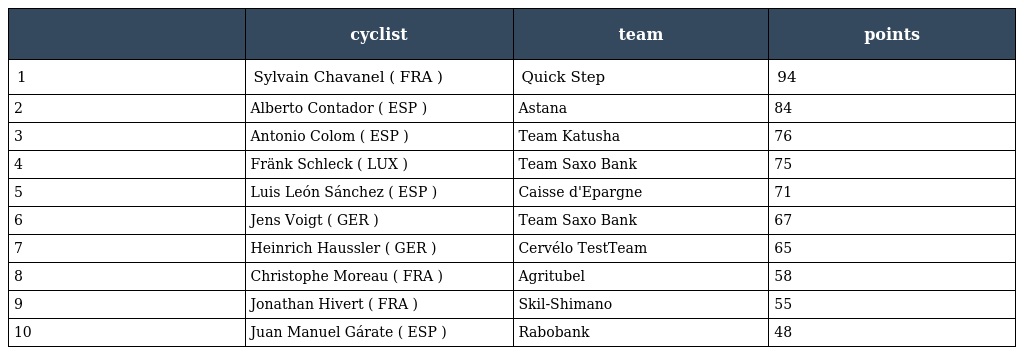
|  | cyclist | team | points |
 | --- | --- | --- | --- |
 | 1 | Sylvain Chavanel ( FRA ) | Quick Step | 94 |
 | 2 | Alberto Contador ( ESP ) | Astana | 84 |
 | 3 | Antonio Colom ( ESP ) | Team Katusha | 76 |
 | 4 | Fränk Schleck ( LUX ) | Team Saxo Bank | 75 |
 | 5 | Luis León Sánchez ( ESP ) | Caisse d'Epargne | 71 |
 | 6 | Jens Voigt ( GER ) | Team Saxo Bank | 67 |
 | 7 | Heinrich Haussler ( GER ) | Cervélo TestTeam | 65 |
 | 8 | Christophe Moreau ( FRA ) | Agritubel | 58 |
 | 9 | Jonathan Hivert ( FRA ) | Skil-Shimano | 55 |
 | 10 | Juan Manuel Gárate ( ESP ) | Rabobank | 48 |